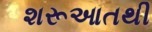
શરૂઆતથી